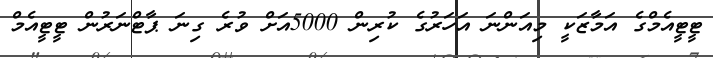
ޓީޓީއެމްގެ އަމާޒަކީ މިއަންނަ އަހަރުގެ ކުރިން 5000އަށް ވުރެ ގިނަ ޕާޓްނަރުން ޓީޓީއެމް